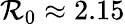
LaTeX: \mathcal{R}_{0}\approx2.15